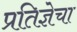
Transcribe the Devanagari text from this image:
प्रतिज्ञेचा